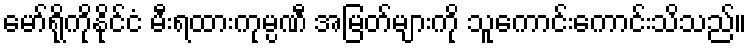
မော်ရိုကိုနိုင်ငံ မီးရထားကုမ္ပဏီ အမြတ်များကို သူကောင်းကောင်းသိသည်။